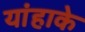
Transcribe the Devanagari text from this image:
यांहाके